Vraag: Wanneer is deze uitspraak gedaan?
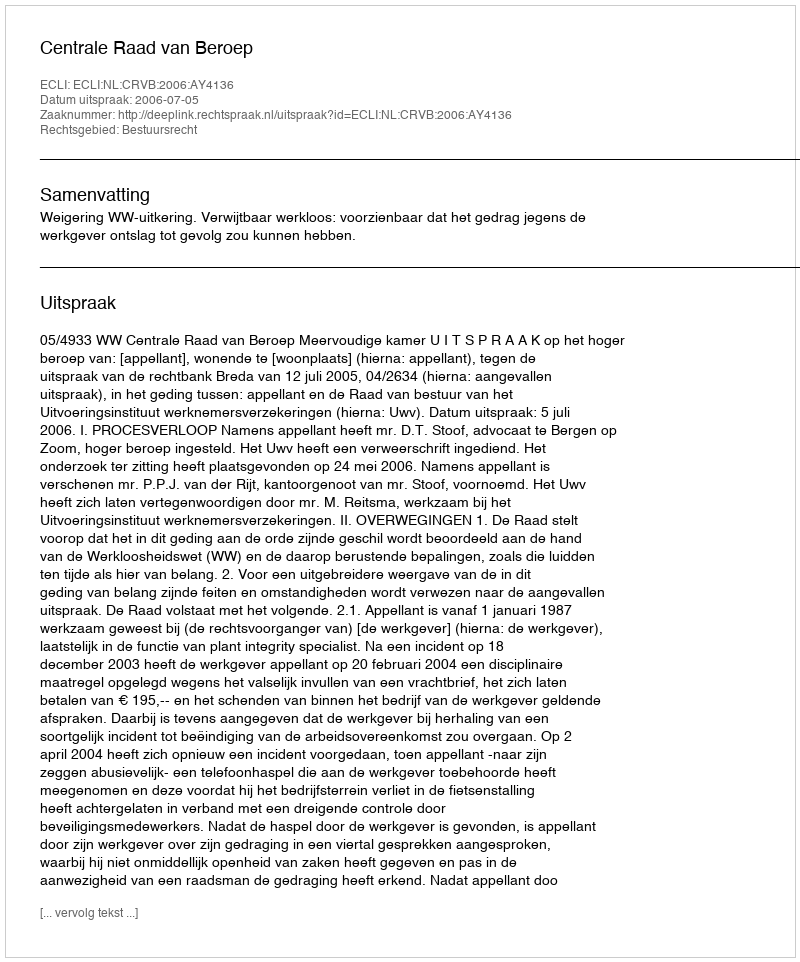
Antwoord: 2006-07-05